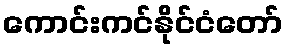
ကောင်းကင်နိုင်ငံတော်